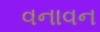
વનાવન